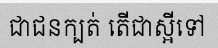
ជាជនក្បត់ តើជាស្អីទៅ